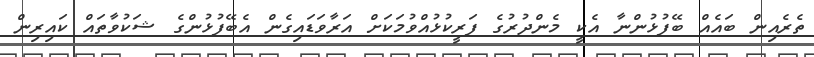
ތެރެއިން ބައެއް ބޭފުޅުންނާ އެކީ މެންދުރުގެ ފަރީކުޅުއްވުމަކަށް އަރާވަޑައިގެން އެބޭފުޅުންގެ ޝަކުވާތައް ކައިރިން